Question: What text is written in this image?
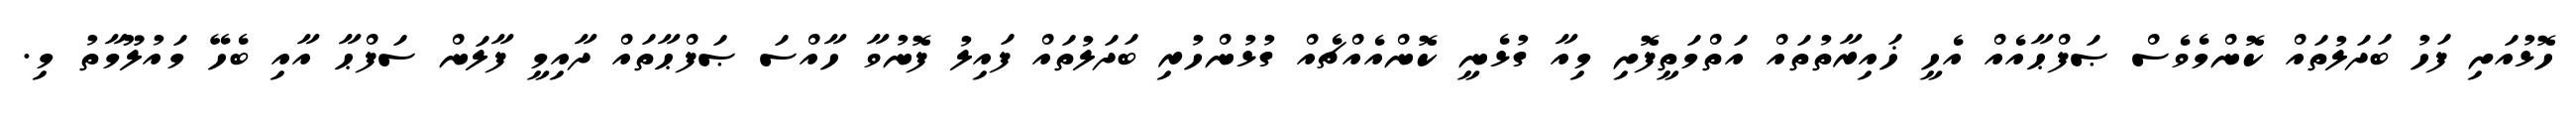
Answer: ހޮޅުއަށި ފަހު ބަދަލުތައް ކޮންމެވެސް ޞަފްޙާއެއް އެހީ ޚައިރާތުތައް އަތްމަތީފޮށި މިއާ ގުޅެނީ ކޮންއެއްޗެއް ގުޅުންހުރި ބަދަލުތައް ފައިލު ފޮނުވާ ހާއްސަ ޞަފްޙާތައް ދާއިމީ ފާލަން ސަފްޙާ އާއި ބެހޭ މައުލޫމާތު މި.